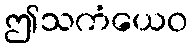
ဤသကံယေဝ